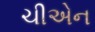
ચીએન